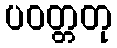
ပဝတ္တတု